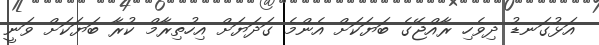
އަޅުގަނޑު ދިވެހި ރާއްޖޭގެ ބަޔަކަށް އެންމެ ގަދަޔަށް އިހުތިރާމް ކުރާ ބަޔަކަށް ވަނީ